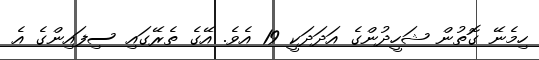
ހިމެނޭ ގޮތުން ޝަހީދުންގެ އަދަދަކީ 19 އެވެ. އޭގެ ތެރޭގައި ސިފައިންގެ އެ